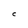
Character: C